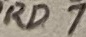
Text: RD7